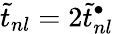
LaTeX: {\widetilde t_{nl}=2\widetilde t_{nl}^{\bullet}}